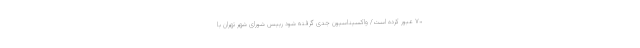
۷۰ عبور کرده است/ واکسیناسیون جدی گرفته شود رییس شورای شهر تهران با